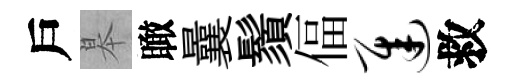
戶皋瞰曩鬚偪迟救